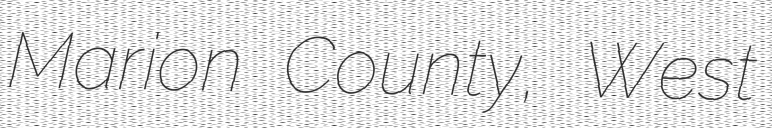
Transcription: Marion County, West